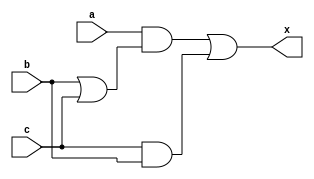

`timescale 1ns/100ps
module majority(
    input a,
    input b,
    input c,
    output x);
  
  wire b_c, and_out, bc;
  
  and (and_out,a,b_c);
  and (bc,c,b);
  or  (b_c,b,c);
  or  (x,and_out,bc);
endmodule